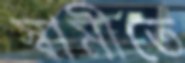
স্বামীতে